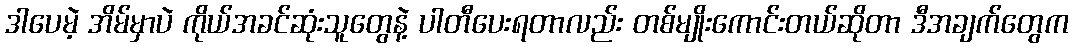
ဒါပေမဲ့ အိမ်မှာပဲ ကိုယ်အခင်ဆုံးသူတွေနဲ့ ပါတီပေးရတာလည်း တစ်မျိုးကောင်းတယ်ဆိုတာ ဒီအချက်တွေက